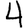
Digit: 4